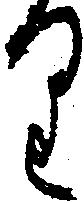
り